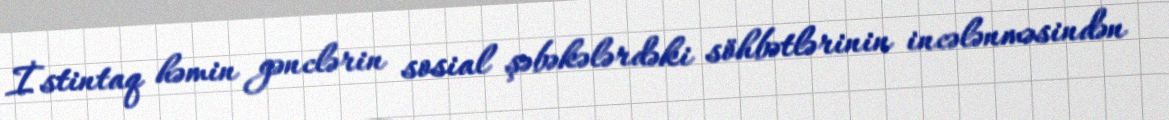
İstintaq həmin gənclərin sosial şəbəkələrdəki söhbətlərinin incələnməsindən